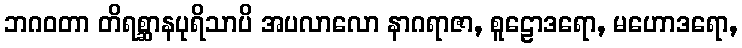
ဘဂဝတာ တိရစ္ဆာနပုရိသာပိ အပလာလော နာဂရာဇာ, စူဠောဒရော, မဟောဒရော,